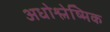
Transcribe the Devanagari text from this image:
अधोश्लेष्मिक